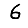
Digit: 6